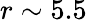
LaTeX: r\sim 5.5